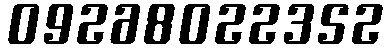
09268022352